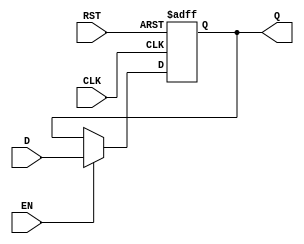
module DataRegister #(
    parameter WIDTH = 8  // Parameter to define the width of the register
)(
    input wire [WIDTH-1:0] D,    // Data input
    input wire CLK,                // Clock input
    input wire RST,                // Asynchronous reset input
    input wire EN,                 // Enable input
    output reg [WIDTH-1:0] Q       // Data output
);

    // Always block triggered by clock and reset
    always @(posedge CLK or posedge RST) begin
        if (RST) begin
            Q <= {WIDTH{1'b0}};     // Clear the register on reset
        end else if (EN) begin
            Q <= D;                 // Capture data on clock edge if enabled
        end
        // If EN is low, Q retains its previous value
    end

endmodule